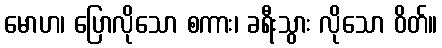
မောဟ၊ ပြောလိုသော စကား၊ ခရီးသွား လိုသော ဝိတ်။